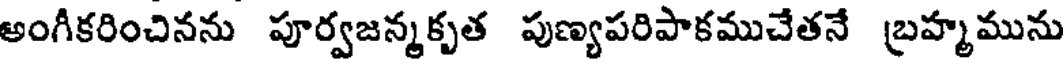
అంగీకరించినను పూర్వజన్మకృత పుణ్యపరిపాకముచేతనే బ్రహ్మమును